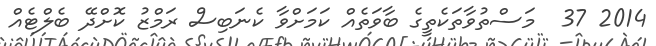
2014 37  މަސްތުވާތަކެތީގެ ބާވަތެއް ކަމަށްވާ ކެނަބިސް ރަމްޒު ކޮށްދޭ ބެލްޓެއް